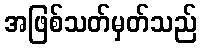
အဖြစ်သတ်မှတ်သည်